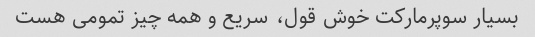
بسیار سوپرمارکت خوش قول، سریع و همه چیز تمومی هست